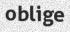
oblige